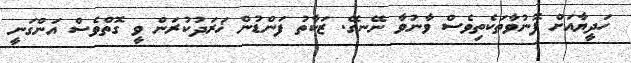
ހަދީޔާއަށް ފޮނުވާތަކެތިވެސް ވާނުވާ ނޭނގޭ. ޒަކާތު ފަންޑުން ޚަރަދުކުރަން ވީ ގޮތްވެސް އަންގަނީ